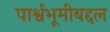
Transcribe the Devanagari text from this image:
पार्श्वभूमीबद्दल